Calcutta medical institutions reports 1871-78
Year: 1871
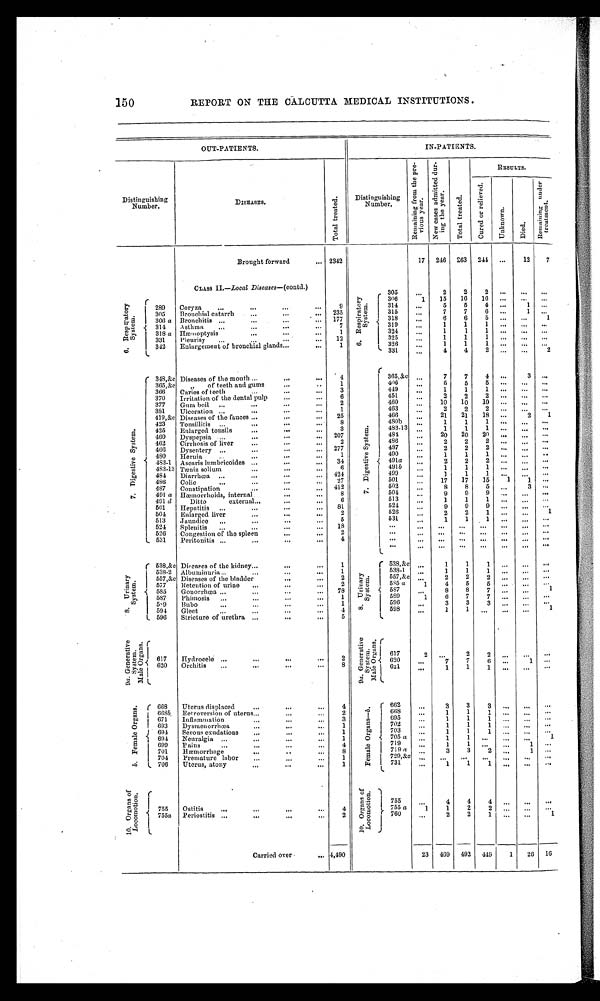
150
REPORT ON THE CALCUTTA MEDICAL INSTITUTIONS .
OUT-PATIENTS.
IN-PATIENTS.
Distinguishing
Number,
DISEASES.
T o t a l t r e a t e d .
Distinguishing
Number.
R e m a i n i n g f r o m t h e p r e -
v i o u s y e a r .
N e w c a s e s a d m i t t e d d u r -
i n g t h e y e a r .
T o t a l t r e a t e d .
RESULTS.
C u r e d o r r e l i e v e d .
U n k n o w n .
D i e d . Re ma i n i n g u n d e r
t reat ment .
Brought forward
... 2342
17
2-16
263
244
...
12
7
CLASS II. —Local Diseases— (contd.)
6 . R e s p i r a t o r y
S y s t e m .
6 . R e s p i r a t o r y
S y s t e m .
,.. 305
1 306
15
16
16
...
...
..
289
Coryza
...
...
...
—
9
314
...
5
5
4
...
315
...
7
7
6
...
305
Bronchial catarrh
...
...
235
318
...
6
6
5
...
...
1
300 a Bronchitis ...
...
...
' ...
1777
319
1
1
1
...
...
...
314
Asthma
..,
...
...
...
321
. . .
1
1
318 a Hremoptysis
...
1
325
i
1
1
1
331
I
Pleurisy
...
...
...
12
396
...
1
1
1
312
L
Enlargement of bronchial glands...
...
1
L 331
...
4
4
2
...
...
2
7 . D i g e s t i v e S y s t e m .
' 343, &c Diseases of the mouth ...
...
...
4
7 . D i g e s t i v e S y s t e m .
r
365,&e ,,,
7
7
4
3...
400
...
5
5
5
365,&e
„
of teeth and gums
1
449
...
1
1
1
366
Caries of teeth
...
...
...
3
451
370
Irritation of the dental pulp
...
6
460
...
10
10
10
...
..,
...
377
Gum boil,..
...
..,
...
2
463
...
2
2
381
Ulceration ...
...
...
...
1
466
...
21
21
18
...
2
I
419,&.e Diseases of the faeces ...
...
...
25
4S0b
...
1
1
423
Tonsillitis
...
...
...
8
433-13
...
1
1
495
Enlarged tonsils
...
...
3
484
20
20
20
...
,,,
...
460
Dyspepsia ...
...
...
207
486
...
2
2
. . .
462
Cirrhosis of liver
...
2
497
...
2
2
2
400
Dysentery ...
...
"'
„,
277
490
1
1
1
-.
-.
480
Hernia
...
...
...
1
491a
...
_.
433-1 Ascaris lumbricoides ...
...
...
34
491b
. . .
1
1
1
.. .
...
. . .
433-13 Lenin solium
...
...
(3
499
. . .
1
1
1
. . .
...
48-1
Diarrhcea
...
...
...
„.
434
501
17
17
15
1
486
Colic
..,
„.
27
50 2
...
8
8
5
,„
3
. . .
437
Constipation
...
...
„,
41
504
'.'
491 a Hremorrhoids, internal
...
...
8
513
1
1
1
. . .
.
491 d
Ditto
external......
6
521
—
9
9
9
...
...
...
501
Hepatitis..,
...
...
81
50-1
Enlarged live -r. ...
...
...
2
526
...
2
2
1
1
531
..,
1
1
1
. . .
513
Jaundice
..,
...
5
524
Splenitis
...
...
...
,..
18
...
-.
-.
. "
...
-.
".
-.
526
Congestion of the spleen
...
...
2
...
“,
„,
.„
„.
-.
-
—
531
Peritonitis ...
,,.
—
4
...
".
-.
-.
-.
-.
-.
-.
...
...
...
...
.„
,„
„,
„,
( 538,&e Dbeaees of the kidney...
..,
...
1
8 . U r i n a r y
S y s t e m .
( 538,&c „.
1
1
1
538-2
Albuminuri a...
...
...
1
557
538-1
,
1
1
1
...
8 . U r i n a r y
S y s t e m .
557,&,c Diseases of the bladder
...
...
.m..
. -
2
,&e
I
.
2
2
2
.
..
..,
. . .
55 a
1
4
5
5
577
Retention of urine
...
...
2
585
557
...
8
8
7
...
...
Gouorrlicea ...
...
..,
...
78
597
Phimosis
...
...
...
...
1
539
1
6
7
5,9
13ubo
...
...
...
...
1
596
1
..,
3
3
3
...
...
...
594
Gleet
...
...
...
...
4
598
...
1
1
...
. . .
...
1
596
Stricture of urethra ,.,
-.
5
9 a . G e n e r a t i v e
S y s t e m .
M a l e O r g a n s .
9a. Gener at i ve
S y s t e m . M a l e O r g a n s .
617
Hydrocele ...
...
."
—
2
I 617
2
.
-
.
,
620
...
7
7
6
. . .
...
620
1
Orchitis
'"
...
8
1 621
..
1
1
1
-.
...
—
b . F e m a l e O r g a n s .
( 668
Uterus displaced
...
-,
...
4
b . F e m a l e O r g a n s .
662
...
3
3
3
i 0691
lletroversion of uterus..,
...
2
' 008
...
1
1
...
...
...
I 695
...
1
1
1
...
. . .
1 671
Inflammation
...
...
3
7"
...
1
1
1
...
...
... .
I 693
Dysmenorrhoea
...
...
...
1
703
...
1
1
1
..
694
Serous exudations
„.
...
1
705 a
1
I
".
...
1
69-1
Neuralgia ...
...
1
699
Pains
...
...
...
4
719
I
...
1
1
1
..
701
1-Hemorrhage. .
...
8
,
/19 a
3
3
2
,.
1
1 729,8Le ... .
,..
...
-.
...
-
704
Premature labor
...
. . .
1
731
1
1
1
. .
.
...
..
-.
706
Uterus, atony
...
..,
...
1
1 0 . O r g a n s o f
L o c o m o t i o n .
r
I
.
.
1 0 . O r g a n s o f
Locom
6 . 0
4
4
4
755
Ostitis
...
...
...
...
4
, ' OD a
1
1
2
2
...
. . .
r 760
1
..,
2
2
1
. . .
. . .
'..
1
—
1
I
755a
L
Periostitis
...
2
--
Carried over
. . . . 4,490
23
409
492
440
1
26
16